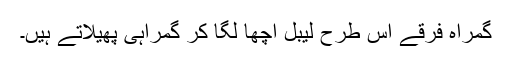
گمراہ فرقے اس طرح لیبل اچھا لگا کر گمراہی پھیلاتے ہیں۔